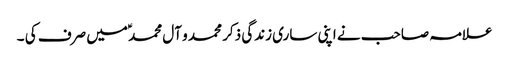
علامہ صاحب نے اپنی ساری زندگی ذکر محمد و آل محمد ؑمیں صرف کی ۔